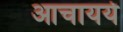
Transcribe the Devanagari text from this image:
आचायर्य